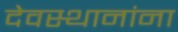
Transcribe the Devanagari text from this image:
देवस्थानांना